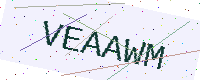
Text: VEAAWM